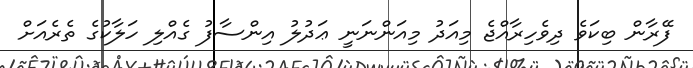
ފޭރާން ބިކަވެ ދިވެހިރާއްޖެ މިއަދު މިއަންނަނީ ޢަދުލު އިންސާފު ގެއްލި ހަލާކުގެ ތެރެއަށް